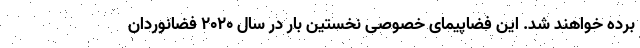
برده خواهند شد. این فضاپیمای خصوصی نخستین بار در سال ۲۰۲۰ فضانوردان